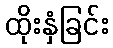
ထိုးနှံခြင်း